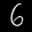
Label: 6